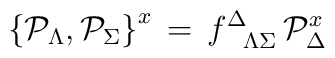
\left \{ {\cal P}_\Lambda, {\cal P}_\Sigma \right \}^x \, = \,f^{\Delta}_{\phantom{\Delta}\Lambda\Sigma} \, {\cal P}_\Delta^{x}